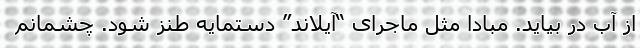
از آب در بیاید. مبادا مثل ماجرای “آیلاند” دستمایه طنز شود. چشمانم